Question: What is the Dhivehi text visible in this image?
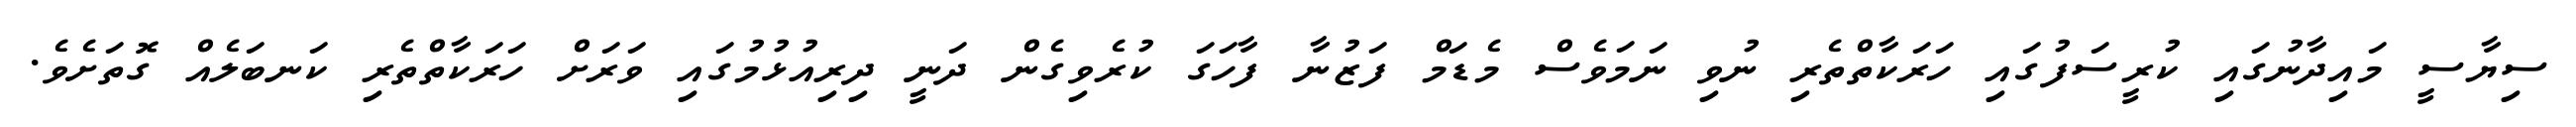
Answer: ސިޔާސީ މައިދާނުގައި ކުރީސަފުގައި ހަރަކާތްތެރި ނުވި ނަމަވެސް މެޑަމް ފަޒުނާ ފާހަގަ ކުރެވިގެން ދަނީ ދިރިއުޅުމުގައި ވަރަށް ހަރަކާތްތެރި ކަނބަލެއް ގޮތަށެވެ.